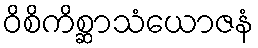
ဝိစိကိစ္ဆာသံယောဇနံ